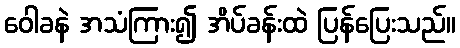
ဝေါခနဲ အသံကြား၍ အိပ်ခန်းထဲ ပြန်ပြေးသည်။